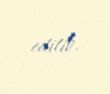
edilib.